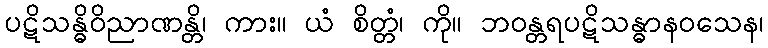
ပဋိသန္ဓိဝိညာဏန္တိ၊ ကား။ ယံ စိတ္တံ၊ ကို။ ဘဝန္တရပဋိသန္ဓာနဝသေန၊